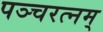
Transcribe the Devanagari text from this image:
पञ्चरत्नम्